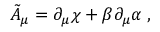
\tilde { A } _ { \mu } = \partial _ { \mu } \chi + \beta \partial _ { \mu } \alpha \; ,